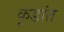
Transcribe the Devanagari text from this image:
कूडांत